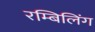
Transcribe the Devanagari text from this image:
रम्बिलिंग